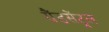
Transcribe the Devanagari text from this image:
ग्रैंडसेंट्रल